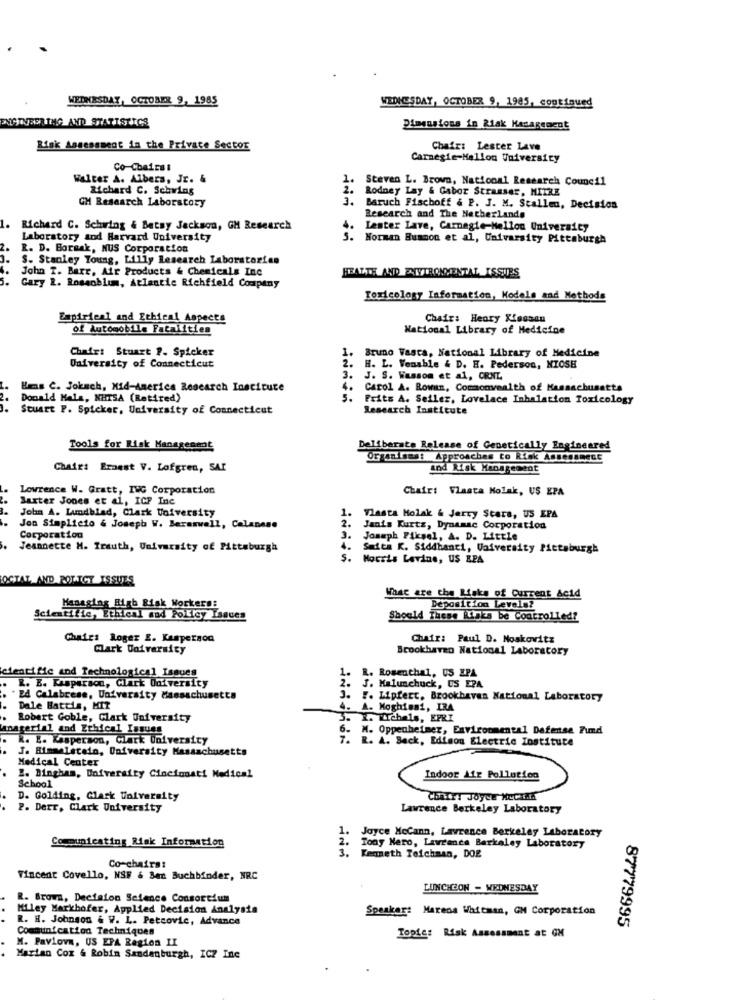
WEDNESDAY, OCTOBER 9, 1985
WEDNESDAY, OCTOBER 9, 1985, continued
MAINBER THG AND STATISTICS
Dimensions in Riak Kanagement
Risk Assessment in the Private Sector
Chair: Lester Lave
Carnegie-Mellon University
Co-Chairs i
Walter A. Albers, Jr. &
1.
Steven L. Brown, National Research Council
Richard C. Schwing
2.
Rodney Lay & Gabor Strasser, MITRE
CH Research Laboratory
3.
Baruch Fischoff & P. J. M. Stallen, Decision
Research and The Netherlands
1.
Richard C. Schwing & Betsy Jackson, GM Research
4.
Lester Lave, Carnegie-Mellon University
Laboratory sod Harvard University
5.
Norman Bummon et al, Caivarsity Pittsburgh
2.
R. D. Bormak, MUS Corporation
1.
S. Stanley Young, Lilly Research Laboratories
John T. Barr, Air Products & Chemicals Inc
HEALTH AND ZITRONMENTAL, ISSUES
3.
Gary 2. Rossoblum, Atlantic Richfield Company
Toxicology Information, Kodels and Methods
Empirical and Ethical Aspects
Chair: Heory Xlassan
of Automobile Fatalities
National Library of Medicine
Chair: Stuart ?. Spicker
2.
1.
Bruno Vasta, National Library of Medicine
University of Connecticut
H. L. Venable & D. H. Pederson, NIOSH
3.
J. S. Wassom et al, CRNL
Hems C. Jokuch, Mid-America Research Institute
Carol A. Rowan, Commonwealth of Massachusetts
Donald Mala, NHTSA (Retired)
5.
Frits A. Seiler, Lovelace Inhalation Toxicology
Stuart P. Spicker, University of Connecticut
Research Institute
Tools for Risk Management
Deliberate Release of Genetically Engineered
Organins: Approaches to Risk Assessment
Chair: Ernest V. Lofgren, SAI
and Risk Management
Lowrence W. Gratt, ING Corporation
Chairi Vlasta Kolak, US EPA
Baxter Jones et al, ICP Inc
John A. Lundblad, Clark University
1.
2.
Vlasta Holak & Jerry Stars, US EPA
Jon Simplicio & Joseph W. Beraswell, Celanese
Janis Kurtz, Dynamac Corporation
Corporation
3.
Joseph Piksel, A. D. Little
Jeannette M. Trauth, University of Pittsburgh
Saita K. Siddhanti, University Pittsburgh
S.
Morris Lerine, US EPA
OCTAL, AND ROLTCY ISSUES
What are the Risks of Current &cid
Managing Bigb Risk Workers:
Deposition Levels?
Scientific, Ethical and Policy Issues
Should These Risks be Controlled?
Chairs Roger E. Kasperson
Chair: Paul D. Noskovitz
Clark Catvarsity
Brookhaven National Laboratory
cientific and Technological Issues
R. E. Kasperson, Clark University
1. R. Rosenthal, US EPA
2. J. Malunchuck, US EPA
Ed Calabrese, University Massachusetts
3. F. Lipfert, Brookhaven National Laboratory
Dale Hattis, HIT
4- A. Moghissi, IRA
Robert Goble, Clark University
3. x. Eichels, EPRI
amaterial and Ethical Issues
6. M. Oppenheimer, Environmental Defense Fund
k. E. Kasperson, Clark University
R. A. Back, Edison Electric Institute
J. Himmelstein, University Massachusetts
Medical Center
2. Bingham, University Cincinnati Medical
Indoor Air Pollution
School
D. Golding, Clark University
Chair! Joyer Her ...
2. Derr, Clark University
Lawrence Berkeley Laboratory
Joyce McCann, Lawrence Berkeley Laboratory
Communicating Risk Information
1.
3.
Kenneth Teichman, DOE
Tony Nero, Lawrence Berkeley Laboratory
Co-chairs:
Vincent Covello, NSF & Ber Buchbinder, NRC
LUNCHZON - WEDNESDAY
R. Brown, Decision Science Consortium
Miley Markhofer, Applied Decision Analysis
Speaker: Marena Whitman, GM Corporation
R. H. Johnson & W. L. Petrovic, Advance
87779995
Communication Techniques
M. Pavlova, US EPA Ragion II
Topics Risk Assessment at GM
Marian Coz & Robin Sandenburgh, ICZ Inc